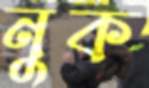
নুক